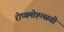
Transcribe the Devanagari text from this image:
रोप्यमोह्त्सवी